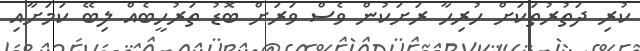
ކުރި ދަތުރުތަކަށް ހުރިހާ ރަށަކުން ވެސް ވަރަށް ބޮޑު ތަރުހީބެއް ލިބޭ ކަމަށާއި